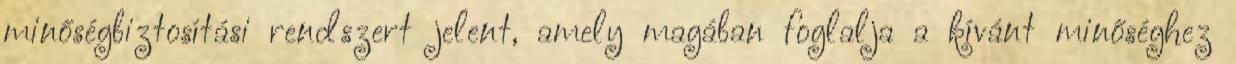
minőségbiztosítási rendszert jelent, amely magában foglalja a kívánt minőséghez